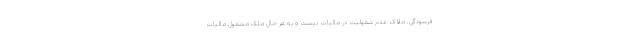
فرسودگی، ملاک عدم شمولیت در مالیات نیست و به هر حال ملک مشمول مالیات